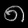
Digit: ၈